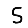
Digit: 5